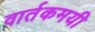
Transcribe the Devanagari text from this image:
वार्तकमयी